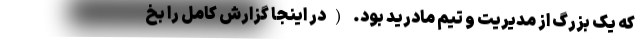
که یک بزرگ از مدیریت و تیم مادرید بود. (در اینجا گزارش کامل را بخ